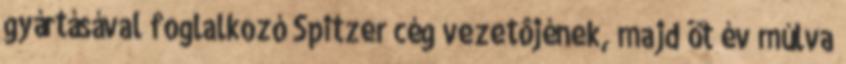
gyártásával foglalkozó Spitzer cég vezetôjének, majd öt év múlva